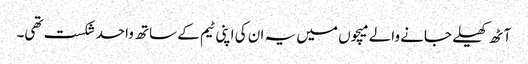
آٹھ کھیلے جانے والے میچوں میں یہ ان کی اپنی ٹیم کے ساتھ واحد شکست تھی۔